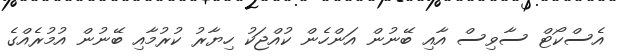
އެސްކޯޓް ސާވިސް އާއި ބޭނުން އަންހެން ކުއްޖަކު ހިޔާރު ކުރުމާއި ބޭނުން އުމުރެއްގެ